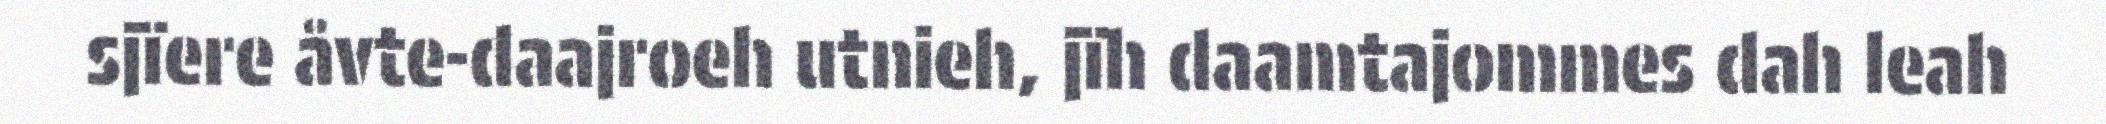
sjïere åvte-daajroeh utnieh, jïh daamtajommes dah leah